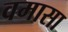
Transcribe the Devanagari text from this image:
वमासा